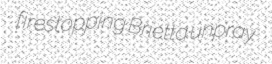
firestopping Brietta unpray